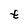
Character: t